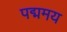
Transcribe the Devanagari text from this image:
पद्ममय